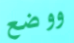
ووضع